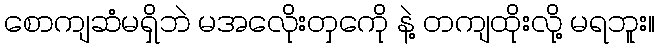
စောကျဆံမရှိဘဲ မအလေိုးတှကေို နဲ့ တကျထိုးလို့ မရဘူး။